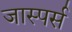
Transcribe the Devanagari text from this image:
जास्पर्स